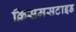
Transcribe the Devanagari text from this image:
क्रिसमसटाइड